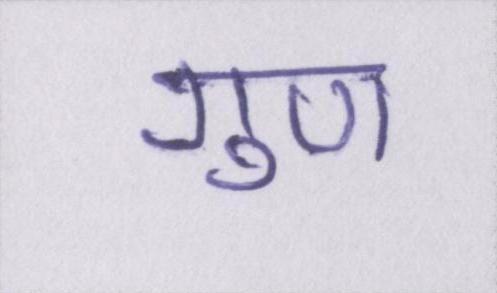
गुण